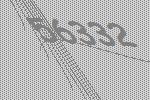
56332